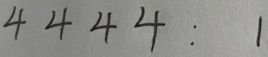
4 4 4 4 : 1